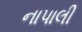
નાપાલી